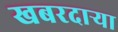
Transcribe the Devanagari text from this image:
खबरदार्‍या